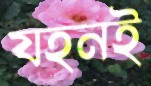
যহনই